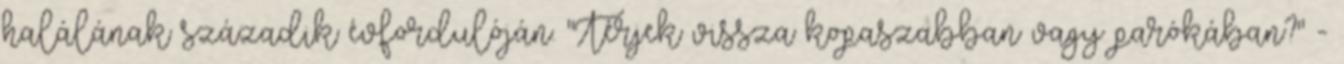
halálának századik évfordulóján. "Térjek vissza kopaszabban vagy parókában?" -